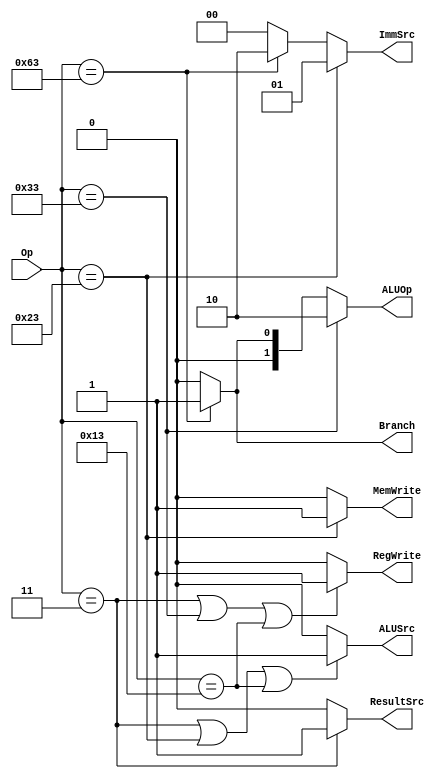
`timescale 1ns / 1ps
//////////////////////////////////////////////////////////////////////////////////
// Company: 
// Engineer: 
// 
// Design Name: 
// Module Name: Main_Decoder
// Project Name: 
// Target Devices: 
// Tool Versions: 
// Description: 
// 
// Dependencies: 
// 
// Revision:
// Revision 0.01 - File Created
// Additional Comments:
// 
//////////////////////////////////////////////////////////////////////////////////


module Main_Decoder(Op,RegWrite,ImmSrc,ALUSrc,MemWrite,ResultSrc,Branch,ALUOp);
    input [6:0]Op;
    output RegWrite,ALUSrc,MemWrite,ResultSrc,Branch;
    output [1:0]ImmSrc,ALUOp;

    assign RegWrite = (Op == 7'b0000011 | Op == 7'b0110011 | Op == 7'b0010011 ) ? 1'b1 :
                                                              1'b0 ;
    assign ImmSrc = (Op == 7'b0100011) ? 2'b01 : 
                    (Op == 7'b1100011) ? 2'b10 :    
                                         2'b00 ;
    assign ALUSrc = (Op == 7'b0000011 | Op == 7'b0100011 | Op == 7'b0010011) ? 1'b1 :
                                                            1'b0 ;
    assign MemWrite = (Op == 7'b0100011) ? 1'b1 :
                                           1'b0 ;
    assign ResultSrc = (Op == 7'b0000011) ? 1'b1 :
                                            1'b0 ;
    assign Branch = (Op == 7'b1100011) ? 1'b1 :
                                         1'b0 ;
    assign ALUOp = (Op == 7'b0110011) ? 2'b10 :
                   (Op == 7'b1100011) ? 2'b01 :
                                        2'b00 ;
endmodule